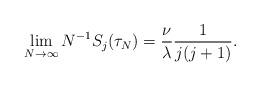
LaTeX: \begin{align*} \lim_{N \to \infty} N^{-1} S_j(\tau_N) = \frac{\nu}{\lambda} \frac1{j(j+1)}. \end{align*}